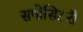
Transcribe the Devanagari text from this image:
सपोसिटरी